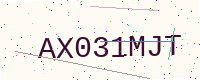
Text: AX031MJT